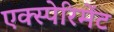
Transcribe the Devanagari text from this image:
एक्स्पेरिमेंट